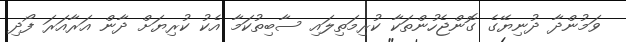
ވަމުންދާ ދުނިޔޭގެ ގޮންޖެހުންތަކާ ކުރިމަތިލައި ސާބިތުކަމާ އެކު ކުރިޔަށް ދާން އަރާއަރަ ފޯދި